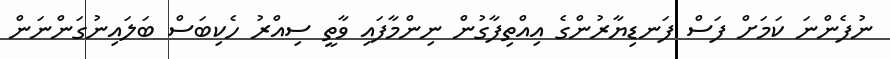
ނުފެންނަ ކަމަށް ފަސް ފަނޑިޔާރުންގެ އިއްތިފާގުން ނިންމާފައި ވާތީ ސިއްރު ހެކިބަސް ބަލައިނުގަންނަން